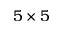
5 \times 5